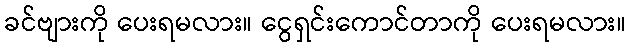
ခင်ဗျားကို ပေးရမလား။ ငွေရှင်းကောင်တာကို ပေးရမလား။